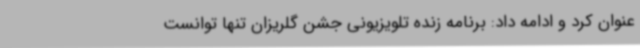
عنوان کرد و ادامه داد: برنامه زنده تلویزیونی جشن گلریزان تنها توانست